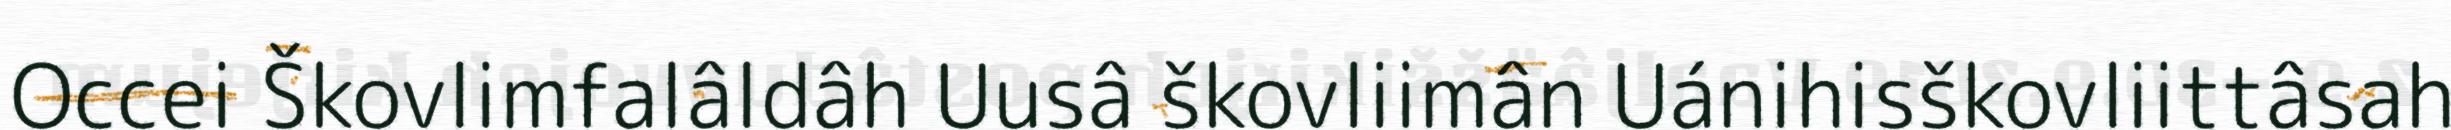
Occei Škovlimfalâldâh Uusâ škovliimân Uánihisškovliittâsah